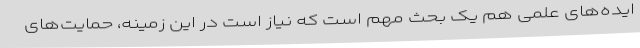
ایده‌های علمی هم یک بحث مهم است که نیاز است در این زمینه، حمایت‌های